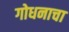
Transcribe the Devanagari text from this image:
गोधनाचा